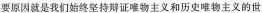
要原因就是我们始终坚持辩证唯物主义和历史唯物主义的世